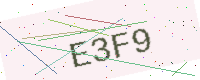
Text: E3F9